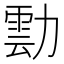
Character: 𭅀